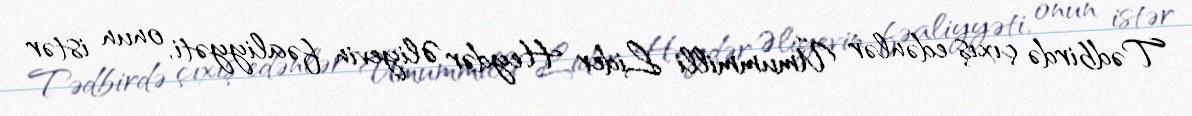
Tədbirdə çıxış edənlər Ümummilli Lider Heydər Əliyevin fəaliyyəti, onun istər